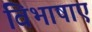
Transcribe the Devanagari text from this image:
विभाषाएं